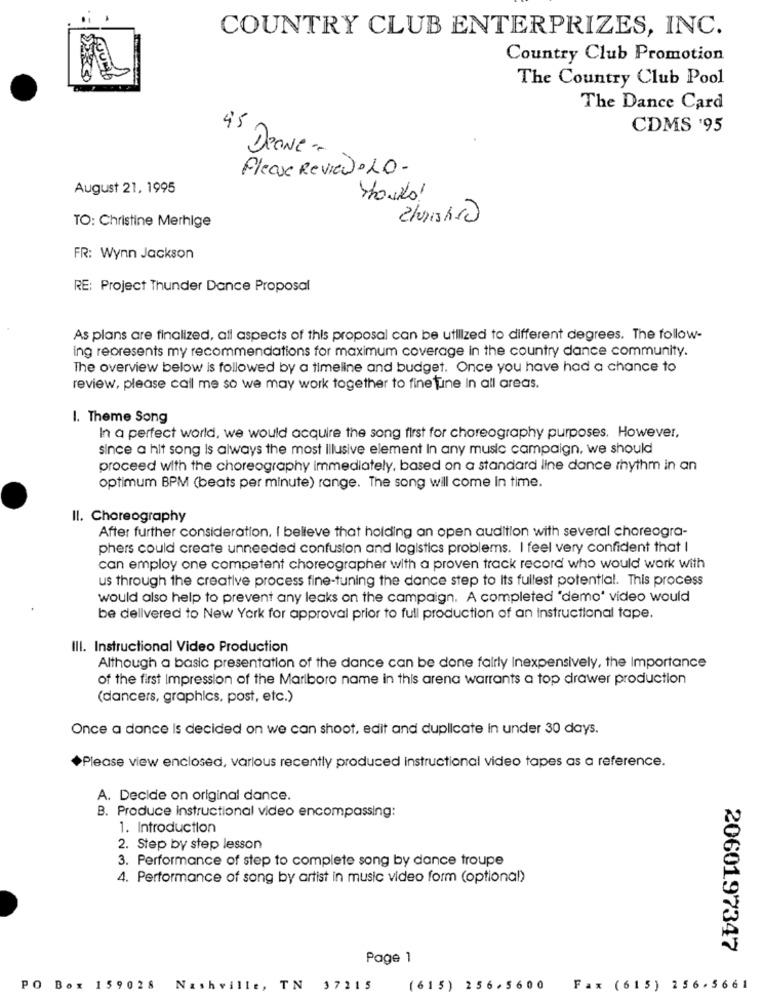
COUNTRY CLUB ENTERPRIZES, INC.
Country Club Promotion
The Country Club Pool
The Dance Card
45
CDMS '95
DeGNE -
Please Review. LO-
August 21, 1995
TO: Christine Merhige
FR: Wynn Jackson
RE: Project Thunder Dance Proposal
As plans are finalized, all aspects of this proposal can be utilized to different degrees. The follow-
ing represents my recommendations for maximum coverage in the country dance community.
The overview below is followed by a timeline and budget. Once you have had a chance to
review, please call me so we may work together to finetune In all areas.
I. Theme Song
In a perfect world, we would acquire the song first for choreography purposes. However,
since a hit song is always the most Illusive element In any music campaign, we should
proceed with the choreography immediately, based on a standard line dance rhythm in an
optimum BPM (beats per minute) range. The song will come in time.
Il. Choreography
After further consideration, I believe that holding an open audition with several choreogra-
phers could create unneeded confusion and logistics problems. I feel very confident that I
can employ one competent choreographer with a proven track record who would work with
us through the creative process fine-tuning the dance step to Its fullest potential. This process
would also help to prevent any leaks on the campaign. A completed "demo' video would
be delivered to New York for approval prior to full production of an instructional tape.
III. Instructional Video Production
Although a basic presentation of the dance can be done fairly Inexpensively, the Importance
of the first Impression of the Marlboro name in this arena warrants a top drawer production
(dancers, graphics, post, etc.)
Once a donce Is decided on we can shoot, edit and duplicate In under 30 days.
Please view enclosed, various recently produced instructional video tapes as a reference.
A. Decide on original dance.
B. Produce instructional video encompassing:
1. Introduction
2. Step by step lesson
3. Performance of step to complete song by dance troupe
4. Performance of song by artist in music video form (optional)
2060197347
Page 1
PO Box 159028 Nashville, TN
37215
(615) 256,5600 Fax (615) 256.5661